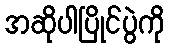
အဆိုပါပြိုင်ပွဲကို